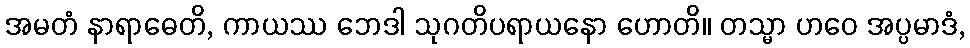
အမတံ နာရာဓေတိ, ကာယဿ ဘေဒါ သုဂတိပရာယနော ဟောတိ။ တသ္မာ ဟဝေ အပ္ပမာဒံ,